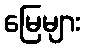
မြေများ